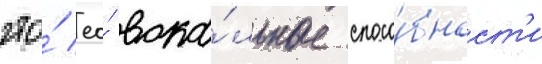
что́ ео́ вока́льные спосо́бност'и